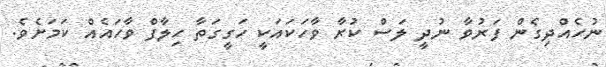
ނުހެއްދިގެން ފަރުވާ ނުދީ ލަސް ކުރާ ވާހަކައަކީ ހަގީގަތާ ހިލާފް ވާހައެއް ކަމަށެވެ.